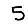
Digit: 5